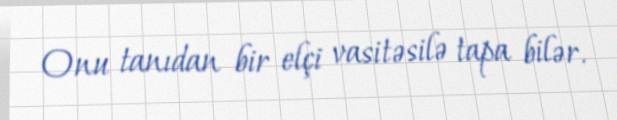
Onu tanıdan bir elçi vasitəsilə tapa bilər.